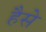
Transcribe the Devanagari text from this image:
हैसे